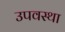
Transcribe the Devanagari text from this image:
उपवस्था